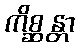
ကိစ္ဆန္တာ